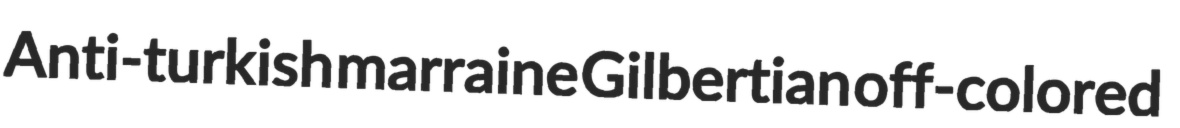
Anti-turkish marraine Gilbertian off-colored